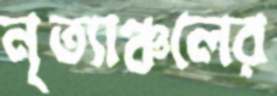
নৃত্যাঞ্চলের